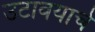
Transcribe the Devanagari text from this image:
उटावयाचे